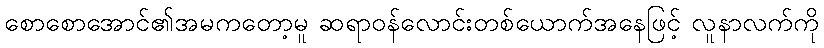
စောစောအောင်၏အမကတော့မူ ဆရာဝန်လောင်းတစ်ယောက်အနေဖြင့် လူနာလက်ကို